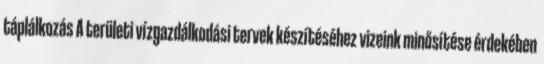
táplálkozás A területi vízgazdálkodási tervek készítéséhez vizeink minősítése érdekében